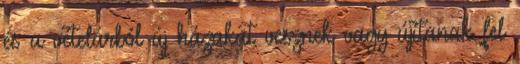
és a vételárból új házakat vesznek vagy újítanak fel